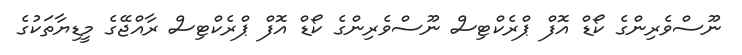
ނޫސްވެރިންގެ ކޯޑް އޮފް ޕްރެކްޓިސް ނޫސްވެރިންގެ ކޯޑް އޮފް ޕްރެކްޓިސް ރާއްޖޭގެ މީޑިޔާތަކުގެ